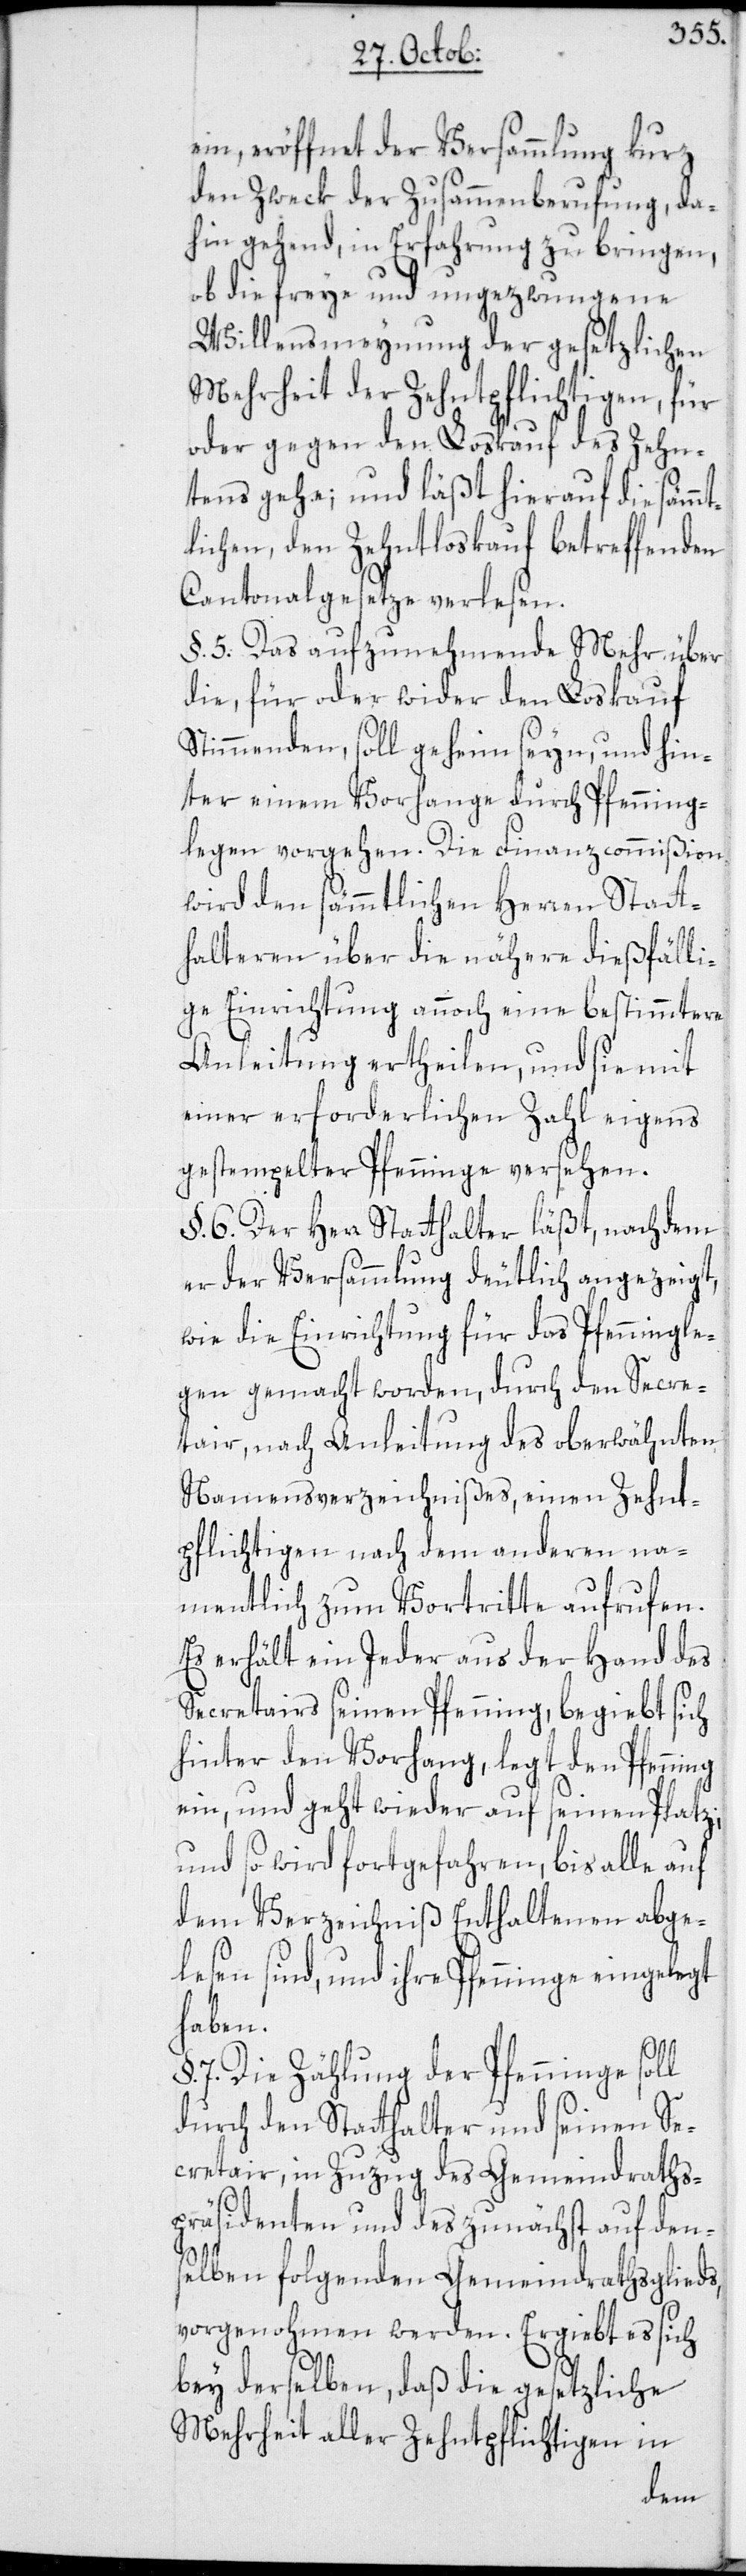
ein, eröffnet der Versammlung kurz
den Zweck der Zusammenberufung, da¬
hin gehend, in Erfahrung zu bringen,
die freye und ungezwungene
Willensmeynung der gesetzlichen
Mehrheit der Zehntpflichtigen, für
oder gegen den Loskauf des Zehn¬
tens gehe; und läßt hierauf die sämm¬
tlichen, den Zehntloskauf betreffenden
Cantonalgesetze verlesen.
§. 5. Das aufzunehmende Mehr über
die, für oder wider den Loskauf
Stimmenden, soll geheim seyn, und hin¬
ter einem Vorhange durch Pfenning¬
legen vorgehen. Die Finanzcommißion
wird den sämmtlichen Herren Statt¬
halteren über die nähere dießfäll¬
ige Einrichtung annoch eine bestimmtere
Anleitung ertheilen, und sie mit
einer erforderlichen Zahl eigens
gestempelter Pfenninge versehen.
§. 6. Der Herr Statthalter läßt, nachdem
er der Versammlung deutlich angezeigt,
wie die Einrichtung für das Pfenningle¬
gen gemacht worden, durch den Secre¬
tair, nach Anleitung des oberwähnten
Namensverzeichnißes, einen Zehnt¬
pflichtigen nach dem anderen na¬
mentlich zum Vortritte aufrufen.
Es erhält ein Jeder aus der Hand des
Secretairs seinen Pfenning, begiebt sich
hinter den Vorhang, legt den Pfenning
ein, und geht wieder auf seinen Platz;
und so wird fortgefahren, bis alle auf
dem Verzeichniß Enthaltenen abge¬
lesen sind, und ihre Pfenninge eingelegt
haben.
7. Die Zählung der Pfenninge soll
durch den Statthalter und seinen Se¬
cretair, in Zuzug des Gemeindraths¬
präsidenten und des zunächst auf den¬
selben folgenden Gemeindrathsglieds,
vorgenohmen werden. Ergiebt es sich
bey derselben, daß die gesetzliche
Mehrheit aller Zehntpflichtigen in